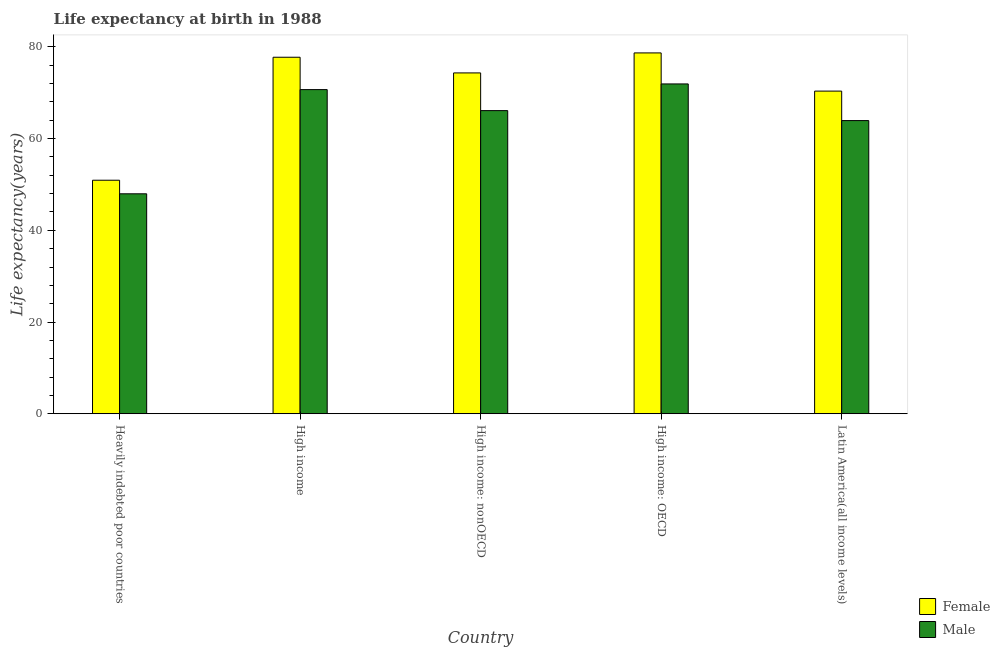
| Country | Female | Male |
 | --- | --- | --- |
 | Heavily indebted poor countries | 50.9 | 48 |
 | High income | 77.7 | 70.7 |
 | High income: nonOECD | 74.3 | 66.1 |
 | High income: OECD | 78.7 | 71.9 |
 | Latin America(all income levels) | 70.4 | 63.9 |